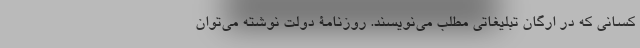
کسانی که در ارگان تبلیغاتی مطلب می‌نویسند. روزنامۀ دولت نوشته می‌توان